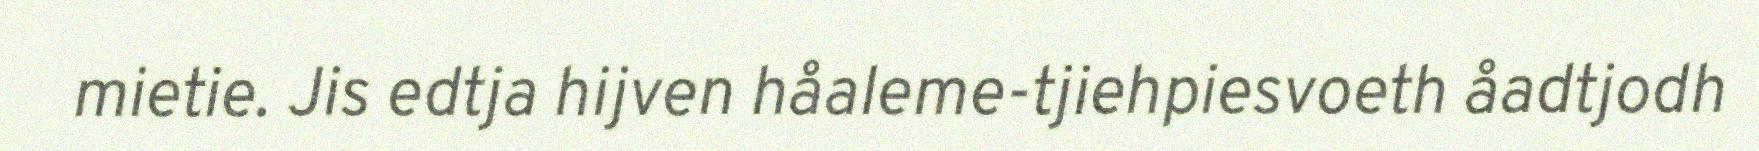
mietie. Jis edtja hijven håaleme-tjiehpiesvoeth åadtjodh